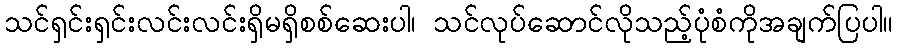
သင်ရှင်းရှင်းလင်းလင်းရှိမရှိစစ်ဆေးပါ၊ သင်လုပ်ဆောင်လိုသည့်ပုံစံကိုအချက်ပြပါ။